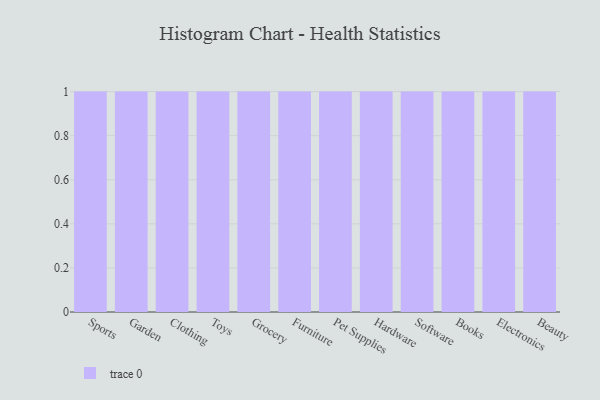
{"axis": {"x": "Category", "y": "Churn Rate (%)"}, "legend": [""], "data": [{"x": "Sports", "y": 98, "type": ""}, {"x": "Garden", "y": 46, "type": ""}, {"x": "Clothing", "y": 50, "type": ""}, {"x": "Toys", "y": 21, "type": ""}, {"x": "Grocery", "y": 18, "type": ""}, {"x": "Furniture", "y": 57, "type": ""}, {"x": "Pet Supplies", "y": 65, "type": ""}, {"x": "Hardware", "y": 32, "type": ""}, {"x": "Software", "y": 60, "type": ""}, {"x": "Books", "y": 40, "type": ""}, {"x": "Electronics", "y": 54, "type": ""}, {"x": "Beauty", "y": 79, "type": ""}]}